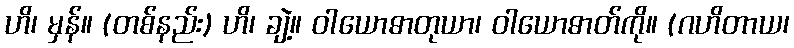
ဟိ၊ မှန်။ (တစ်နည်း) ဟိ၊ ချဲ့။ ဝါယောဓာတုယာ၊ ဝါယောဓာတ်ကို။ (ဂဟိတာယ၊